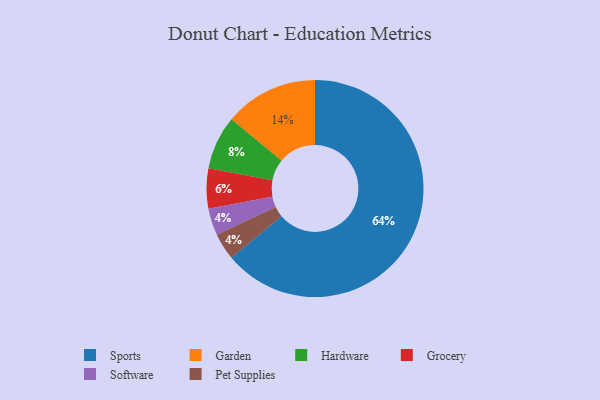
{"axis": {"x": "Category", "y": "Percentage"}, "legend": ["Garden", "Grocery", "Hardware", "Pet Supplies", "Software", "Sports"], "data": [{"x": "Grocery", "y": 6, "type": "Grocery"}, {"x": "Garden", "y": 14, "type": "Garden"}, {"x": "Sports", "y": 64, "type": "Sports"}, {"x": "Software", "y": 4, "type": "Software"}, {"x": "Hardware", "y": 8, "type": "Hardware"}, {"x": "Pet Supplies", "y": 4, "type": "Pet Supplies"}]}